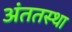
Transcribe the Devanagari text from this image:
अंततस्था